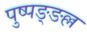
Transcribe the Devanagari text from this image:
पुष्पङ्ङल्ल